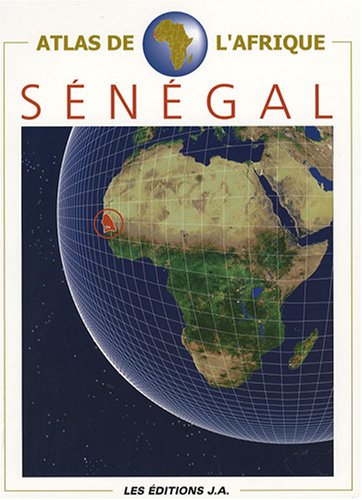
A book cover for atlas du senegal; Travel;